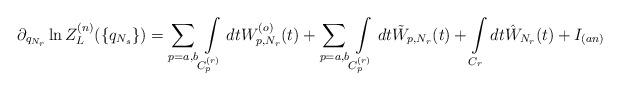
LaTeX: \begin{align*}\partial_{q_{N_r}}\ln Z_L^{(n)}(\{q_{N_s}\})=\sum_{p=a,b}\int\limits_{C_p^{(r)}}dtW_{p,N_r}^{(o)}(t)+\sum_{p=a,b}\int\limits_{C_p^{(r)}}dt \tilde W_{p,N_r}(t)+\int\limits_{C_r}dt \hat W_{N_r}(t)+I_{(an)}\end{align*}